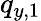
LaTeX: q_{y,1}